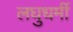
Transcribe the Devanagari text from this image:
लघुधर्मी